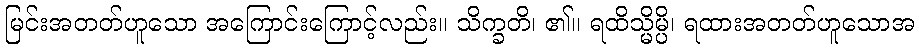
မြင်းအတတ်ဟူသော အကြောင်းကြောင့်လည်း။ သိက္ခတိ၊ ၏။ ရထိသ္မိမ္ပိ၊ ရထားအတတ်ဟူသောအ